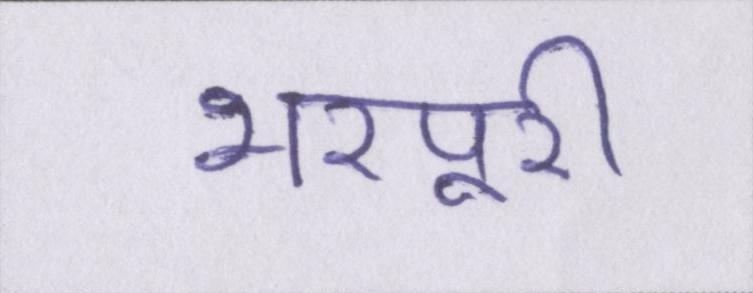
भरपूरी